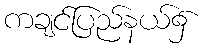
ကချင်ပြည်နယ်၌